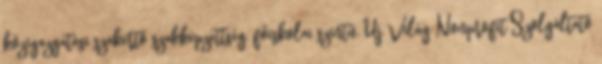
közigazgatási szakértő szakképzettség, főiskolai szintű. Új Világ Nonprofit Szolgáltató